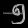
Digit: ၅